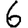
Digit: 6